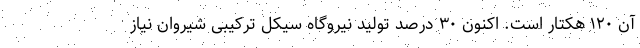
آن ۱۲۰ هکتار است. اکنون ۳۰ درصد تولید نیروگاه سیکل ترکیبی شیروان نیاز